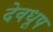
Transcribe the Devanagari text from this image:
देवधूप